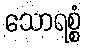
သောရစ္စံ